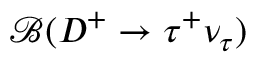
{ \mathcal B } ( D ^ { + } \to \tau ^ { + } \nu _ { \tau } )